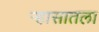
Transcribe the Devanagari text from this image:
र्‍हासातला